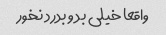
واقعا خیلی بد و بدرد نخور